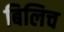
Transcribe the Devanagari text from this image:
बिलिच